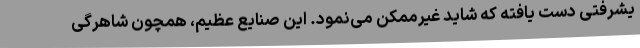
یشرفتی دست یافته که شاید غیرممکن می‌نمود. این صنایع عظیم، همچون شاهرگی